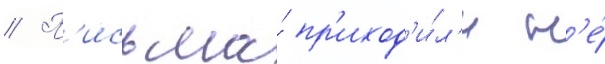
// П'исьма́ пр'иход'и́л'и н'е́